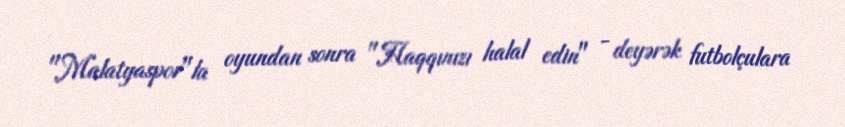
"Malatyaspor"la oyundan sonra "Haqqınızı halal edin" - deyərək futbolçulara